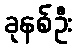
ခုနစ်ဦး